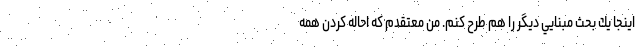
اينجا يك بحث مبنايي ديگر را هم طرح كنم. من معتقدم كه احاله كردن همه